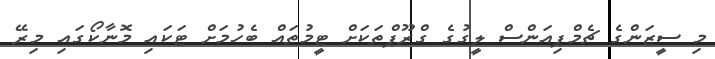
މި ސީޒަންގެ ޗެމްޕިއަންސް ލީގުގެ ގްރޫޕްތަކަށް ޓީމުތައް ބެހުމަށް ޓަކައި މޮނާކޯގައި މިރޭ